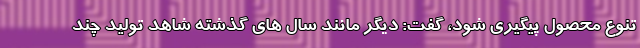
تنوع محصول پیگیری شود، گفت: دیگر مانند سال های گذشته شاهد تولید چند